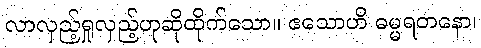
လာလှည့်ရှုလှည့်ဟုဆိုထိုက်သော။ ဧသောဟိ ဓမ္မရတနော၊